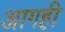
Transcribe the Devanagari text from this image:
आगही